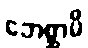
ဘေစ္ဆာမိ